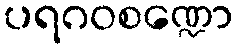
ပရဂဝစဏ္ဍော